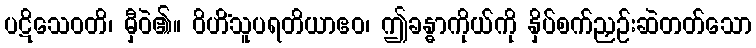
ပဋိသေဝတိ၊ မှီဝဲ၏။ ဝိဟိံသူပရတိယာဧဝ၊ ဤခန္ဓာကိုယ်ကို နှိပ်စက်ညှဉ်းဆဲတတ်သော